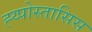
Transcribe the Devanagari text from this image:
ह्य्पोस्तासिस